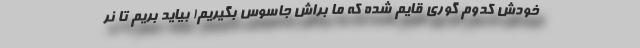
خودش کدوم گوری قایم شده که ما براش جاسوس بگیریم! بیاید بریم تا نر